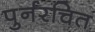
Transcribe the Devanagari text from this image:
पुर्नरचित